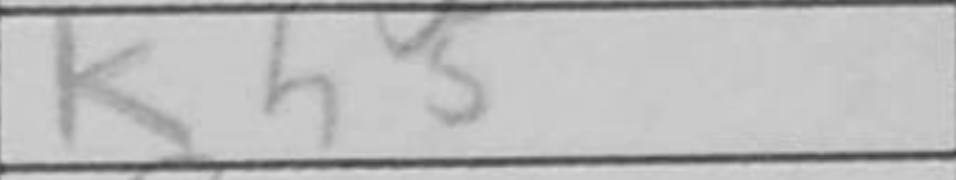
Transcription: Kh5